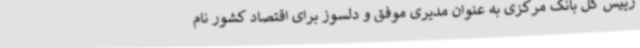
رییس کل بانک مرکزی به عنوان مدیری موفق و دلسوز برای اقتصاد کشور نام